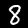
Digit: 8